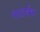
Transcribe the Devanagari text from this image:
भरतर्षभ